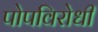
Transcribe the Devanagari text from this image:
पोपविरोधी